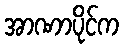
အာဏာပိုင်က